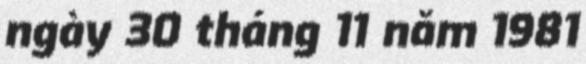
ngày 30 tháng 11 năm 1981